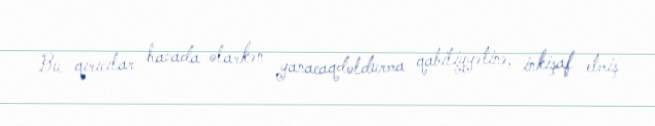
Bu qırıcılar havada olarkən yanacaqdoldurma qabiliyyətinə, inkişaf etmiş